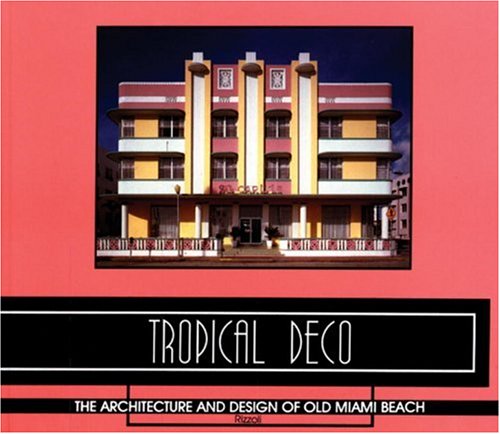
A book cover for Tropical Deco: The Architecture and Design of Old Miami Beach; Laura Cerwinske; Travel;